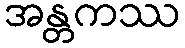
အန္တကဿ